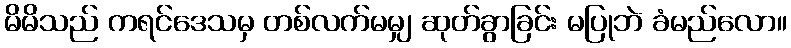
မိမိသည် ကရင်ဒေသမှ တစ်လက်မမျှ ဆုတ်ခွာခြင်း မပြုဘဲ ခံမည်လော။